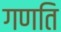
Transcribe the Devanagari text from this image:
गणति